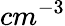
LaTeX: cm^{-3}